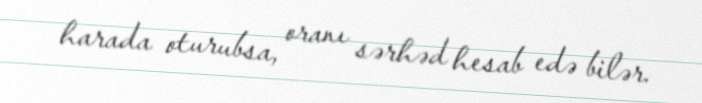
harada oturubsa, oranı sərhəd hesab edə bilər.